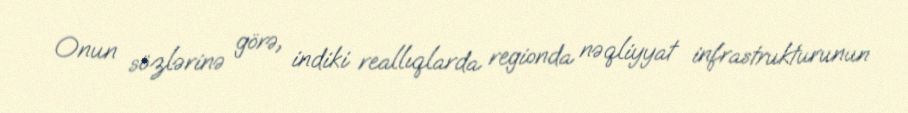
Onun sözlərinə görə, indiki reallıqlarda regionda nəqliyyat infrastrukturunun